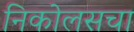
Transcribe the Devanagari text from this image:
निकोलसचा